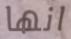
انها